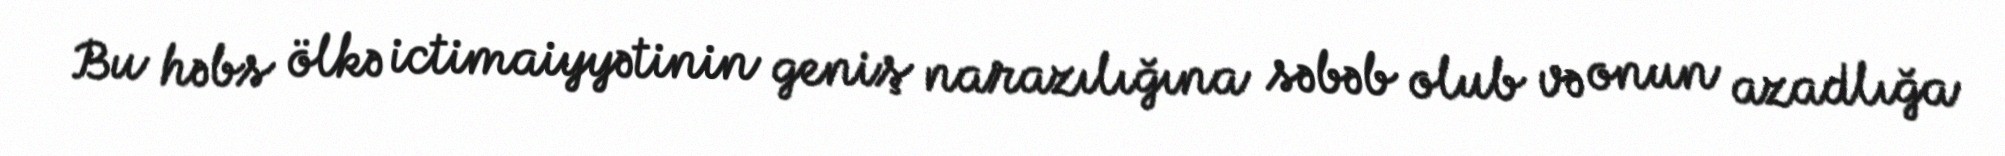
Bu həbs ölkə ictimaiyyətinin geniş narazılığına səbəb olub və onun azadlığa